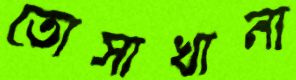
তোসাখানা